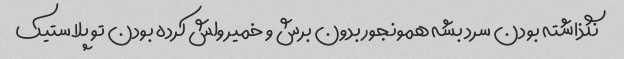
نگذاشته بودن سرد بشه همونجور بدون برش و خمیر ولش کرده بودن تو پلاستیک